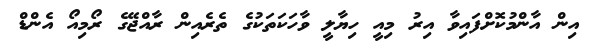
އިން އާންމުކޮށްފައިވާ އިރު މިއީ ހިޔާލީ ވާހަކަތަކުގެ ތެރެއިން ރާއްޖޭގެ ރޯމިއޯ އެންޑް